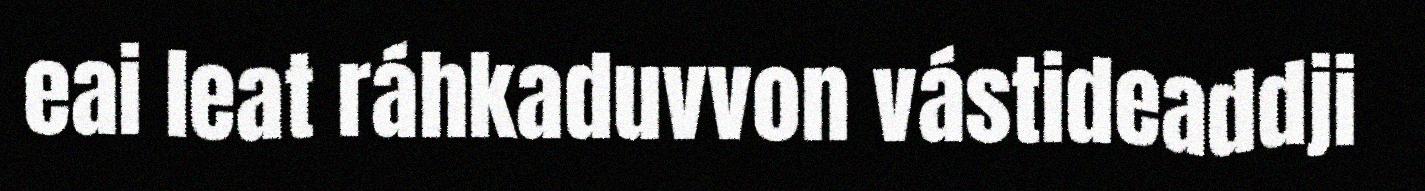
eai leat ráhkaduvvon vástideaddji